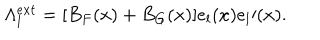
LaTeX: \Lambda _ { l } ^ { e x t } = [ B _ { F } ( x ) + B _ { G } ( x ) ] e _ { l } ( x ) e _ { l } \prime ( x ) .